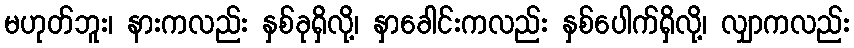
မဟုတ်ဘူး၊ နားကလည်း နှစ်ခုရှိလို့၊ နှာခေါင်းကလည်း နှစ်ပေါက်ရှိလို့၊ လျှာကလည်း